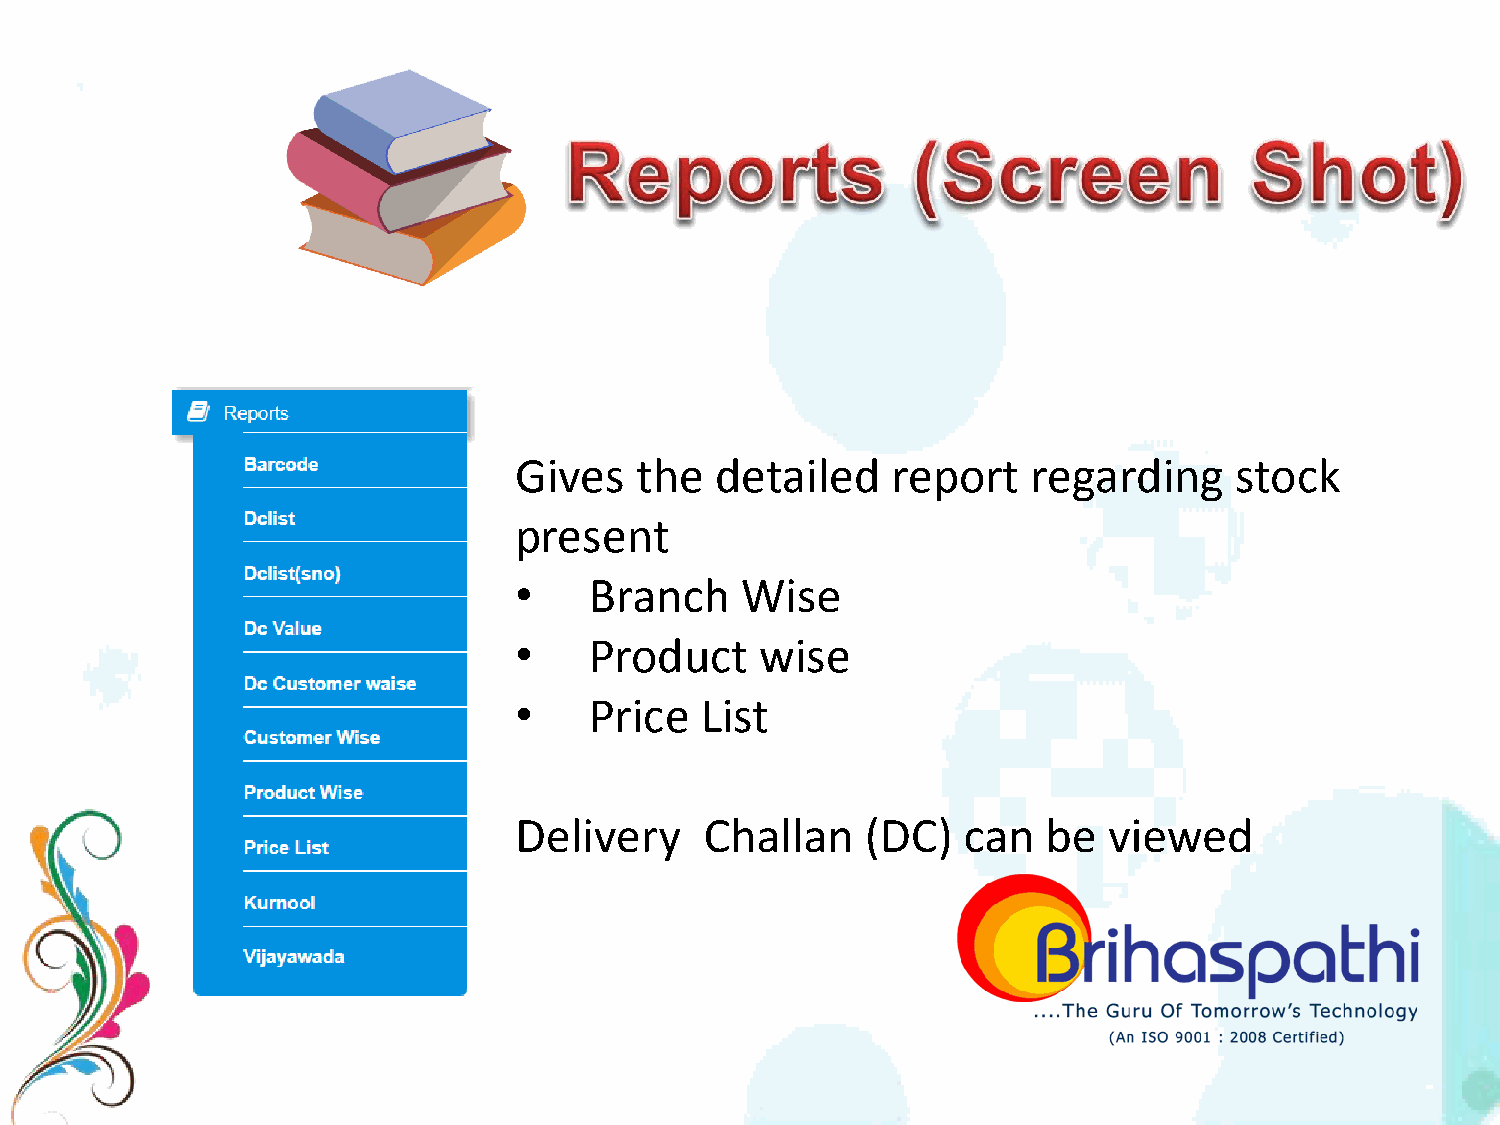
Gives   the  detailed    report   regarding     stock
 present
 •    Branch    Wise
 •    Product    wise
 •    Price  List
 Delivery     Challan   (DC)   can  be  viewed